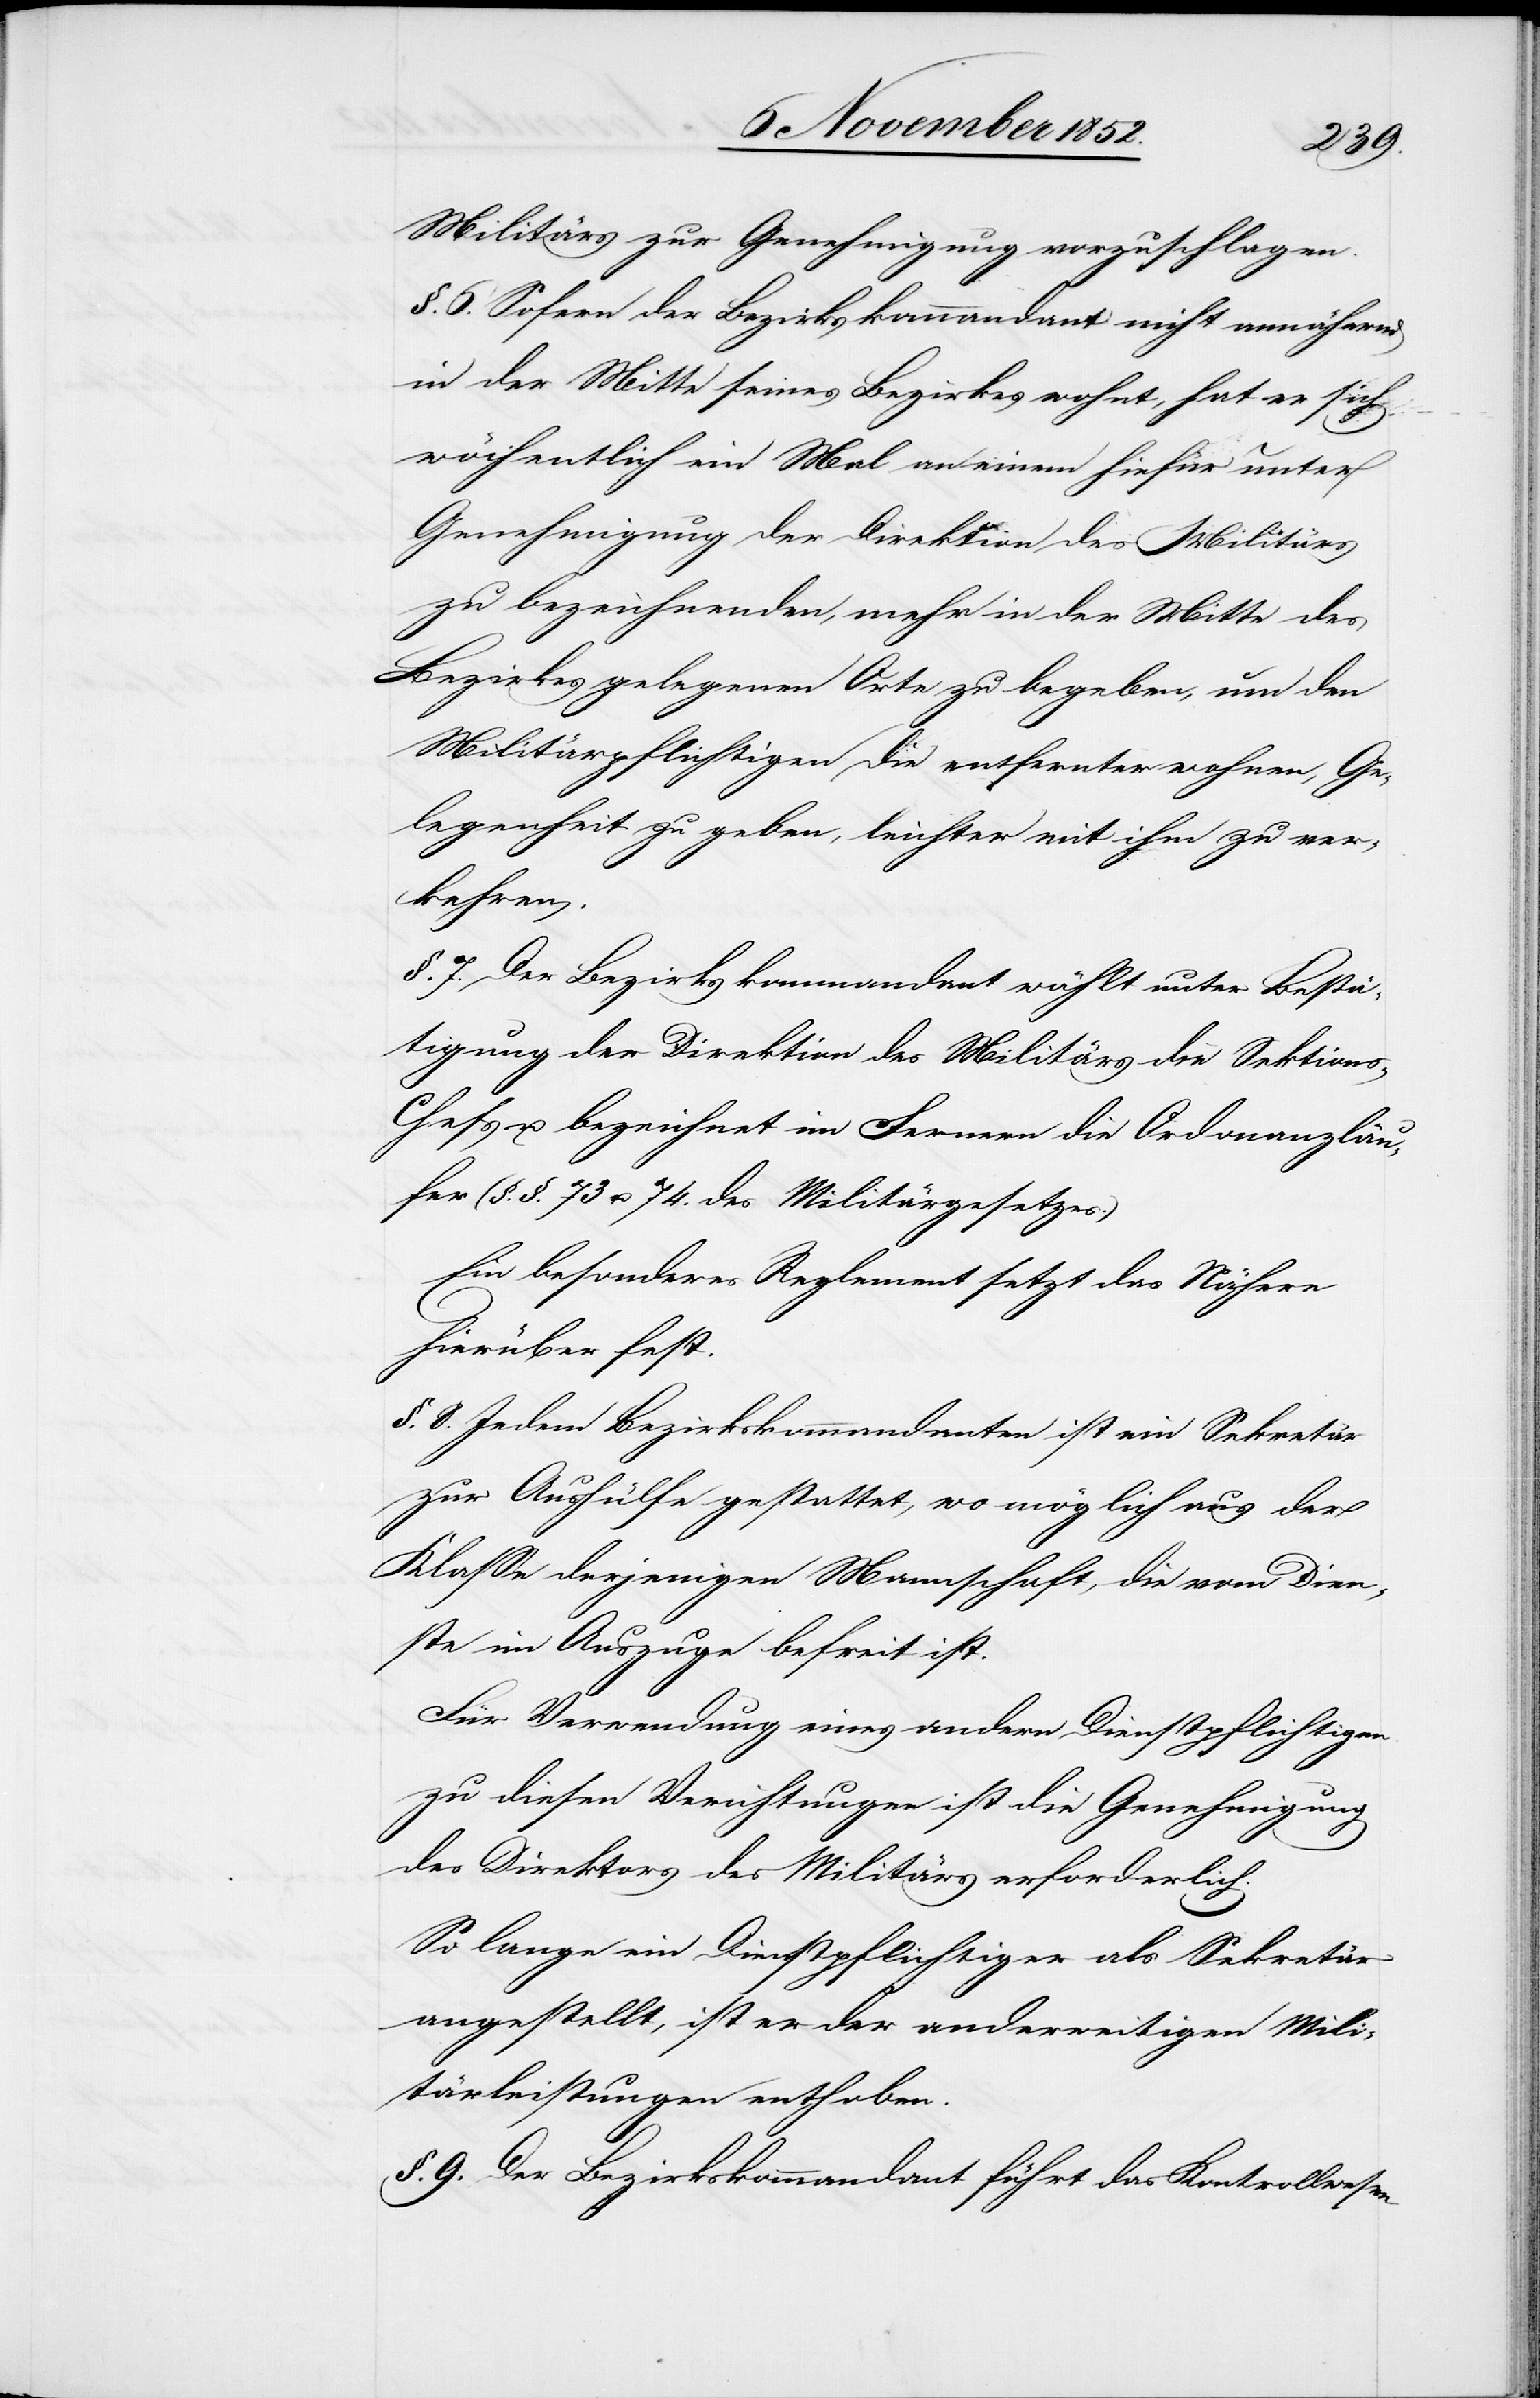
Militärs zur Genehmigung vorzuschlagen.
§. 6. Sofern der Bezirkskommandant nicht annähernd
in der Mitte seines Bezirkes wohnt, hat er sich
wöchentlich ein Mal an einen hiefür unter
Genehmigung der Direktion des Militärs
zu bezeichnenden, mehr in der Mitte des
Bezirkes gelegenen Orte zu begeben, um den
Militärpflichtigen die entfernter wohnen, Ge¬
legenheit zu geben, leichter mit ihm zu ver¬
kehren.
§. 7. Der Bezirkskommandant wählt unter Bestä¬
tigung der Direktion des Militärs die Sektion¬
s-Chefs u. bezeichnet im Fernern die Ordonanzläu¬
fer (§.§. 73 u. 74. des Militärgesetzes.)
Ein besonderes Reglement setzt das Nähere
hierüber fest.
§. 8. Jedem Bezirkskommandanten ist ein Sekretär
zur Aushülfe gestattet, wo möglich aus der
Klasse derjenigen Mannschaft, die vom Dien¬
ste im Auszuge befreit ist.
Für Verwendung eines andern Dienstpflichtigen
zu diesen Ver[r]ichtungen ist die Genehmigung
des Direktors des Militärs erforderlich.
So lange ein Dienstpflichtiger als Sekretär
angestellt [ist], ist er der anderweitigen Mili¬
tärleistungen enthoben.
§. 9. Der Bezirkskommandant führt das Kontrollwesen